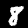
Label: 8